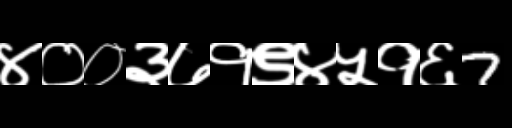
Text: ४००३७१९४५१६7